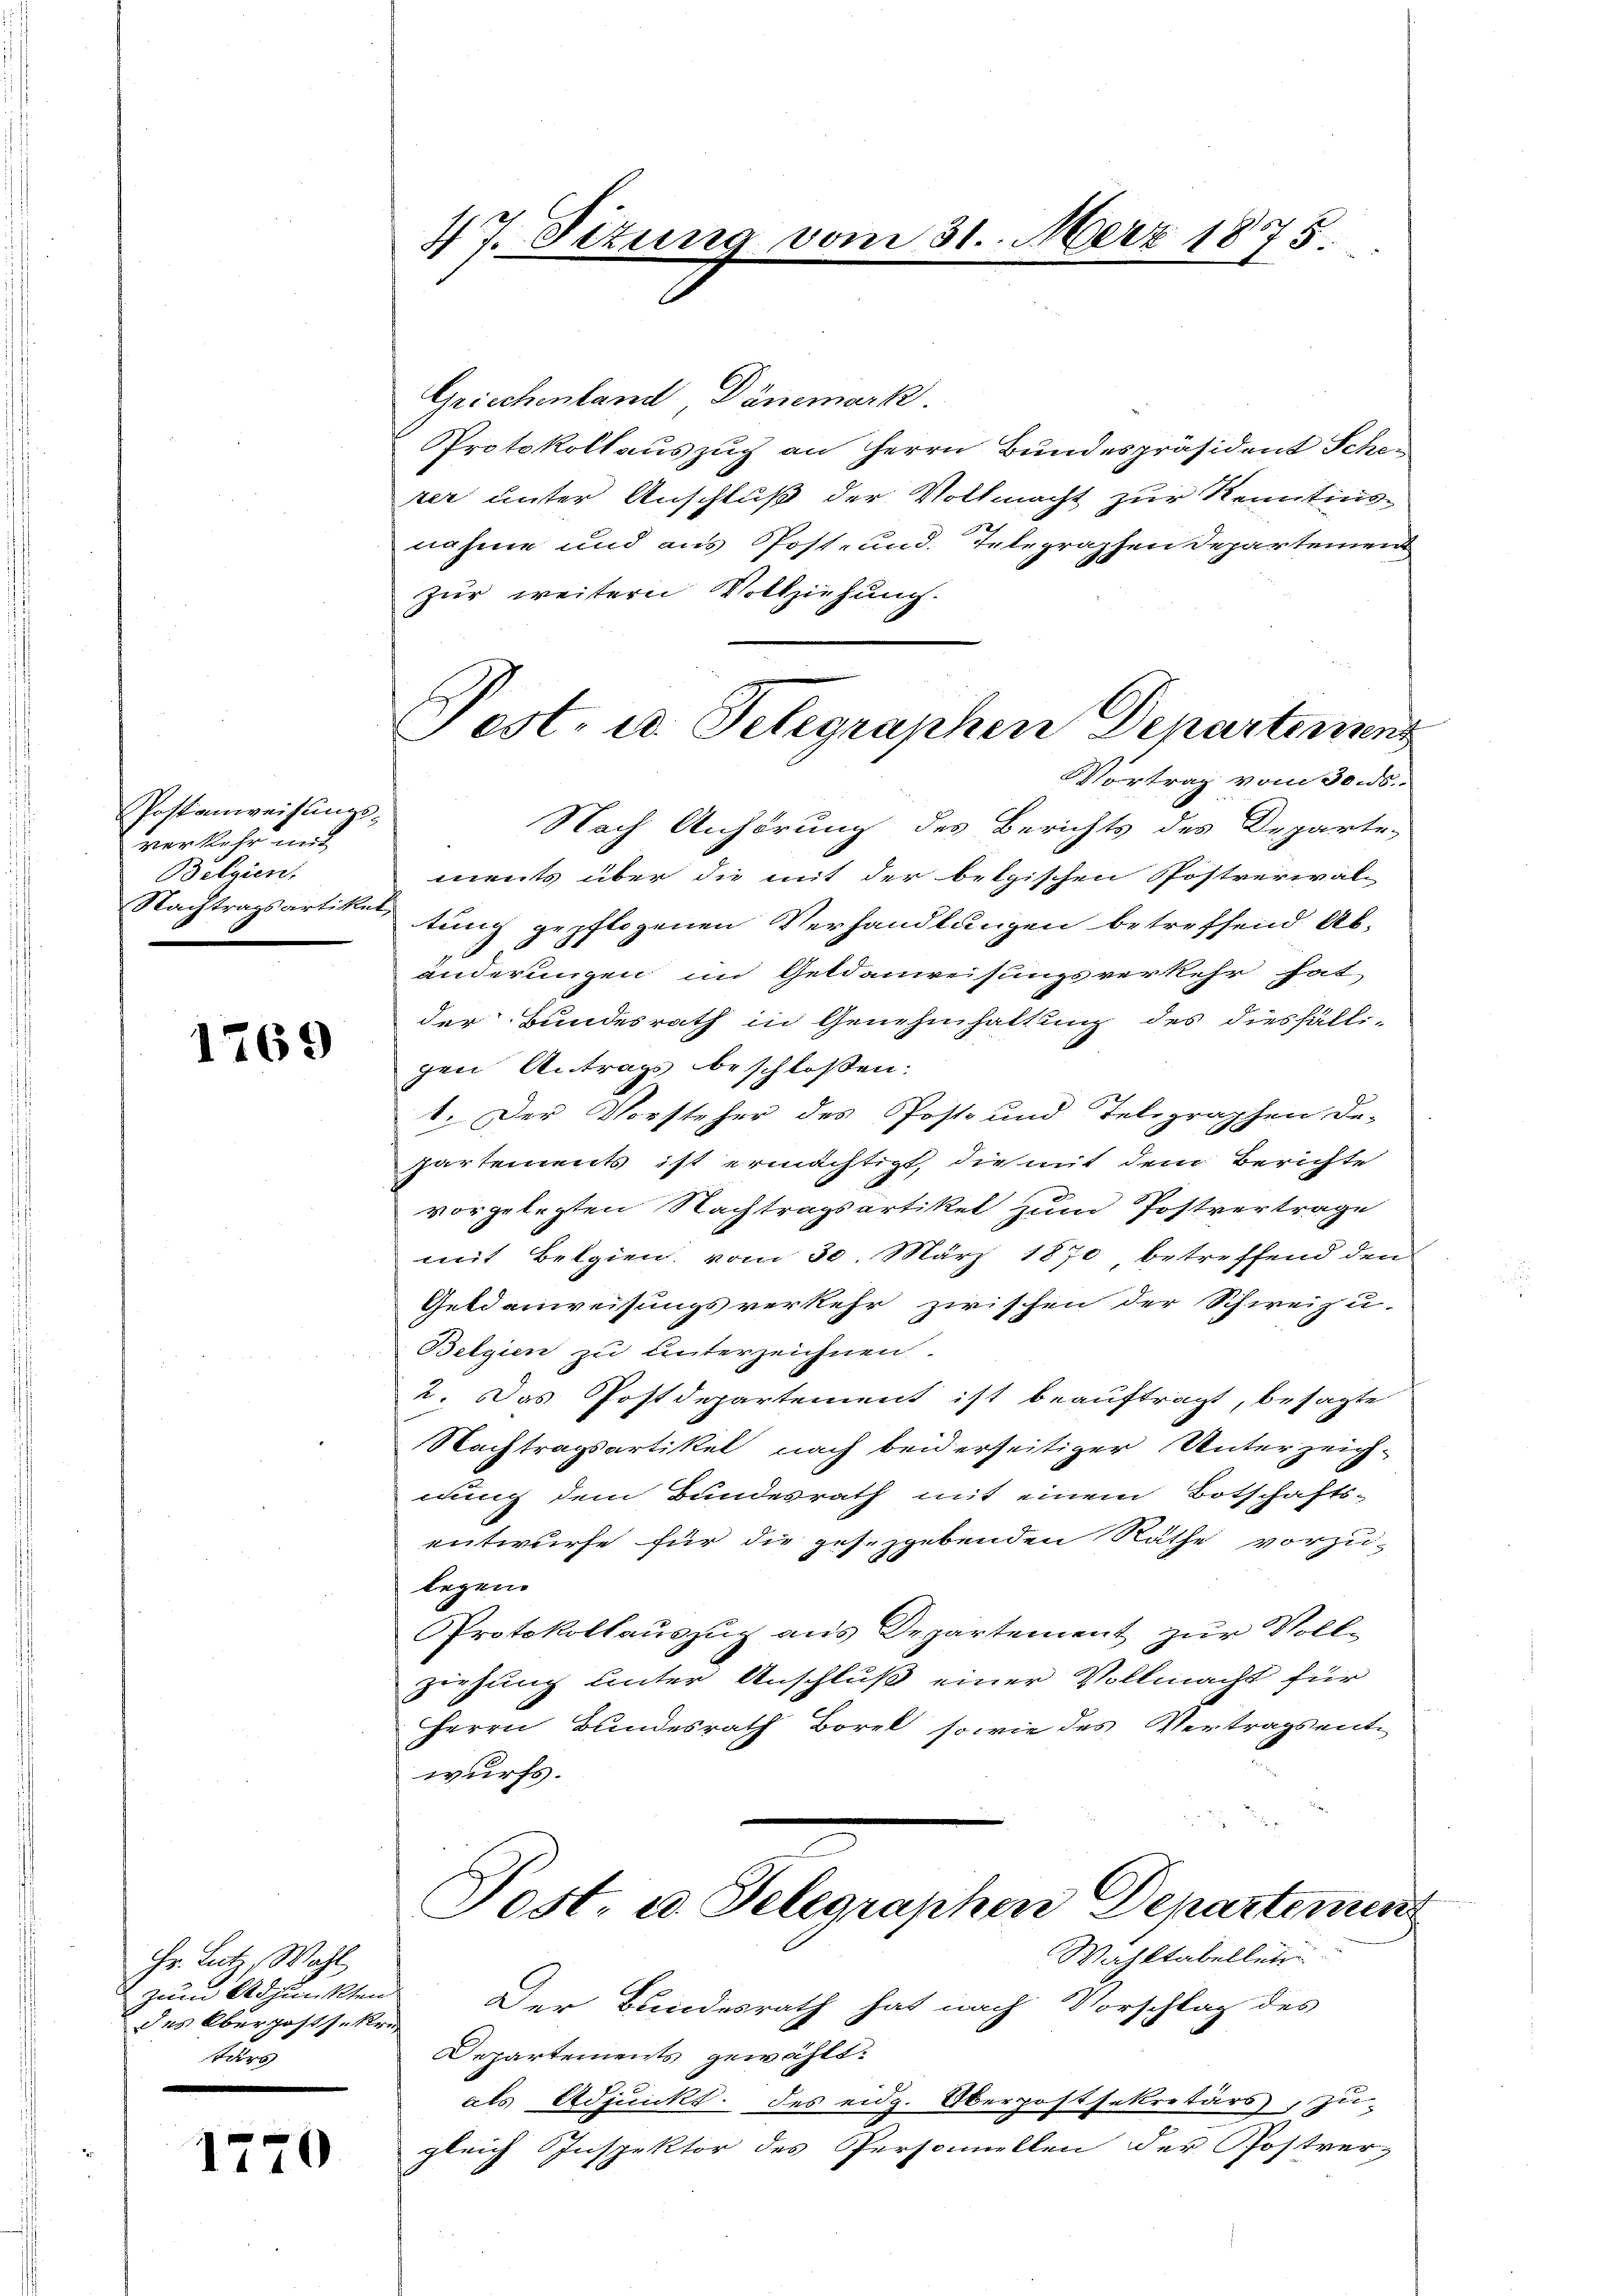
Postanweisungs-
verkehr mit
Belgien,
Nachtragsartikel,

1769

Hr. Lutz, Wahl,
zum Adjunkten
des Oberhaftsekre
tärs

1770

47. Setung vom 31. März 1875

Griechenland, Dänemark.
Protokollauszug an Herrn Bundespräsident Scherer unter Anschluß der Vollmacht zur Kenntins
nahme und aus Post- und. Telegraphen Departemen
zur weitern Vollziehung.
Nach Anhörung des Berichts des Departe-
ments über die mit der bethischen Postrerial-
tung gepflogenen Verhandlungen betreffend Ab-
änderungen im Geldanweisungsverkehr hat
der Bundesrath in Genehmhaltung des diesfälli-
gen Antrags beschlossen:
1. Der Vorsteher des Post und Telegraphen De-
partements ist ermächtigt, die mit dem Berichte
vorgelegten Nachtragsartikel zum Postvertrage
mit Belgien vom 30. März 1870 betreffend den
Geldenweisungsverkehr zwischen der Schweizu-
Belgien zu unterzeichnen.
2. Das Postdepartement ist beauftragt, besagte
Nachtragsartikel nach beiderseitiger Unterzeichnung dem Bundesrath mit einem Botschafts-
entwurfe für die ges. gebenden Räthe vorzu-
legen
Protokollauszug aus Departement zur Vollziehung unter Anschluß einer Vollmacht für
Herrn Bundesrath Borck sowie des Vertragsent-
wurfs.
Post u. Telegraphen Departement
Wahltabellei
Der Bundesrath hat nach Vorschlag des
Departements gewählt:
als Adjunkt des eidg. Oberpostsekretärs, zu-
gleich Inspektor des Personnellen der Postver-

Fest- u. Telegraphen Departemen
Vortrag vom 30. ds.